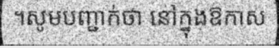
។សូមបញ្ជាក់ថា នៅក្នុងឱកាស